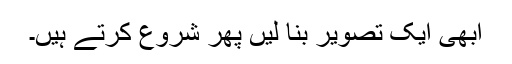
ابھی ایک تصویر بنا لیں پھر شروع کرتے ہیں۔